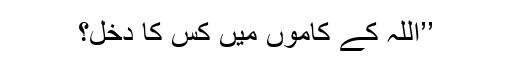
’’اللہ کے کاموں میں کس کا دخل؟